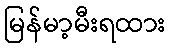
မြန်မာ့မီးရထား